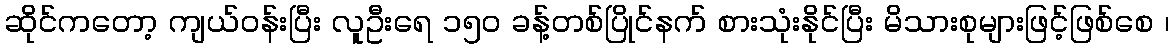
ဆိုင်ကတော့ ကျယ်ဝန်းပြီး လူဦးရေ ၁၅၀ ခန့်တစ်ပြိုင်နက် စားသုံးနိုင်ပြီး မိသားစုများဖြင့်ဖြစ်စေ ၊